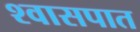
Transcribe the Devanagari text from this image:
श्वासपात